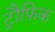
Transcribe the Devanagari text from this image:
ट्रौफ़िक